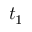
t _ { 1 }